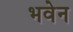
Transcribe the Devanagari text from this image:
भवेन